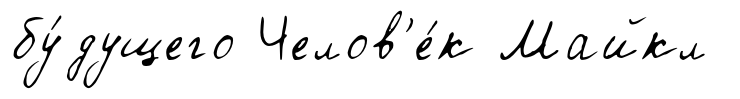
бу́дущего Челов'е́к Майкл